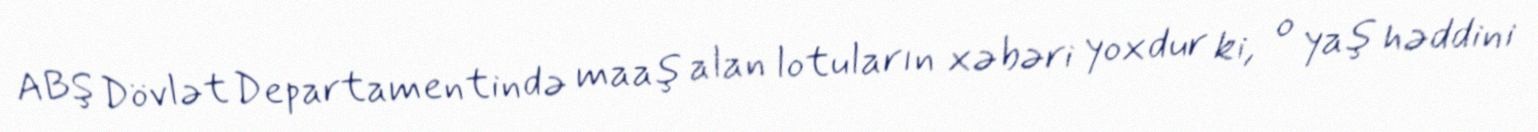
ABŞ Dövlət Departamentində maaş alan lotuların xəbəri yoxdur ki, o yaş həddini